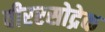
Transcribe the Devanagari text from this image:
वीररसोद्रेक